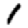
Digit: 1